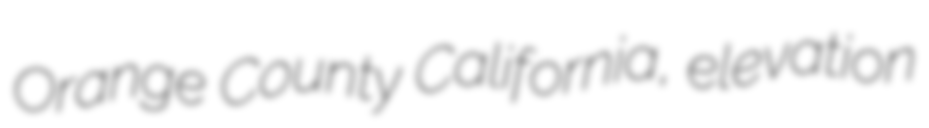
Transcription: Orange County California, elevation